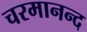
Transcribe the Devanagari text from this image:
चरमानन्द